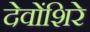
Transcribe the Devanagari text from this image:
देवोंशिरे